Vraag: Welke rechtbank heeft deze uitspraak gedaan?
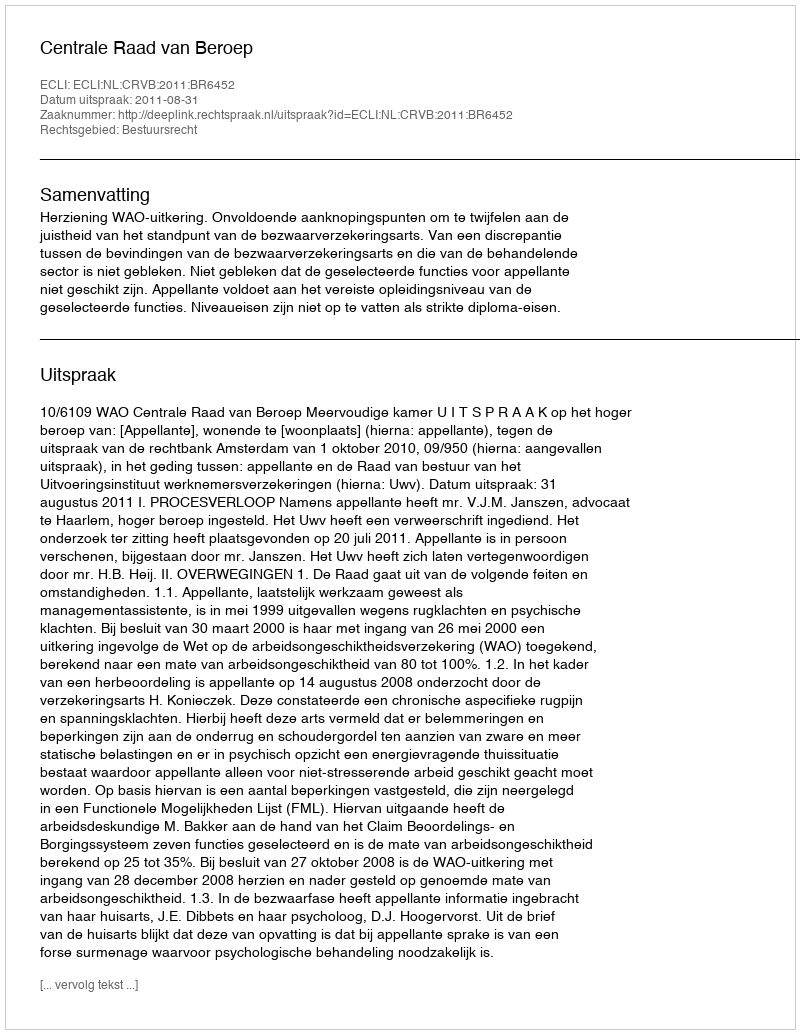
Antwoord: Centrale Raad van Beroep